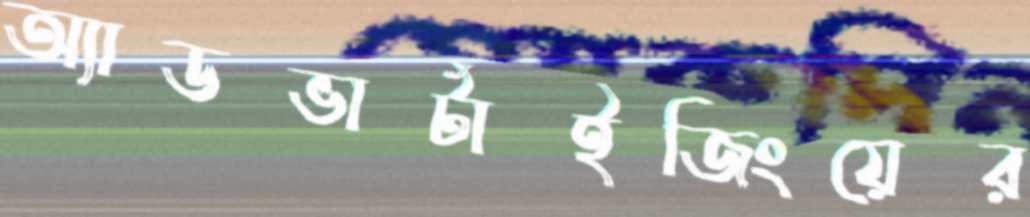
অ্যাডভার্টাইজিংয়ের